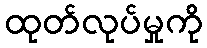
ထုတ်လုပ်မှုကို